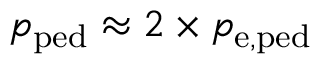
p _ { \mathrm { p e d } } \approx 2 \times p _ { \mathrm { e , p e d } }